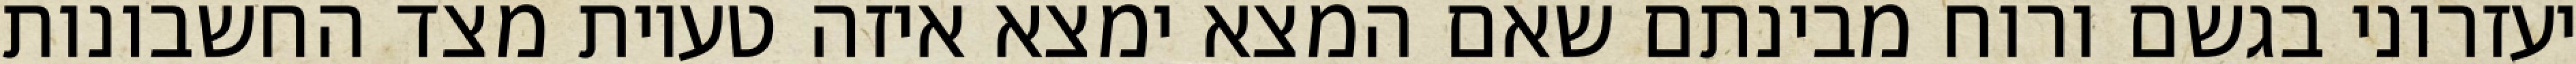
יעזרוני בגשם ורוח מבינתם שאם המצא ימצא איזה טעיות מצד החשבונות